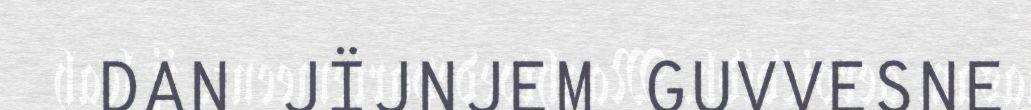
DAN JÏJNJEM GUVVESNE